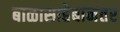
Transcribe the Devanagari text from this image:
बाळासाहेबांनंतर